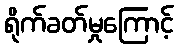
ရိုက်ခတ်မှုကြောင့်